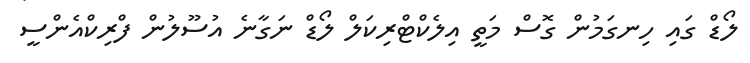
ލޯޑް ގައި ހިނގަމުން ގޮސް މަތީ އިލެކްޓްރިކަލް ލޯޑް ނަގާނެ އުސޫލުން ފްރިކްއެންސީ